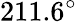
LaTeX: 211.6^{\circ}